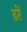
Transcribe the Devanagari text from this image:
ढरें